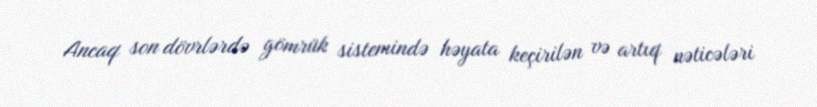
Ancaq son dövrlərdə gömrük sistemində həyata keçirilən və artıq nəticələri